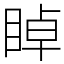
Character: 𥇍